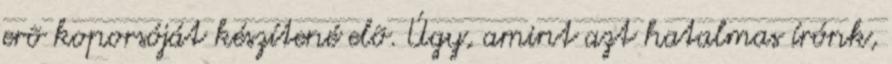
erõ koporsóját készítené elõ. Úgy, amint azt hatalmas írónk,